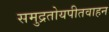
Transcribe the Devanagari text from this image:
समुद्रतोयपीतवाहन